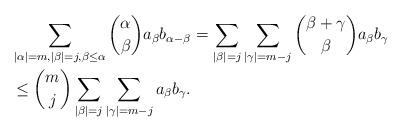
LaTeX: \begin{align*} &\sum_{|\alpha|=m, |\beta|=j, \beta \leq \alpha} {\alpha \choose \beta} a_\beta b_{\alpha -\beta} = \sum_{|\beta|=j} \sum_{|\gamma|=m-j} {\beta+\gamma \choose \beta} a_\beta b_{\gamma} \\& \leq {m\choose j} \sum_{|\beta|=j} \sum_{|\gamma|=m-j} a_\beta b_{\gamma} . \end{align*}